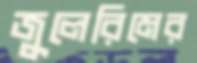
জুলেরিমের